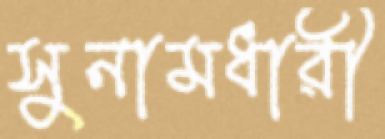
সুনামধারী